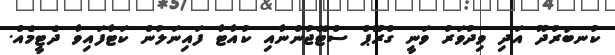
ކުނބުރުދޫ އަދި ވިދުވަރު ވަނީ ގްރޫޕް ސްޓޭޖުންނާއި ކުއާޓާ ފައިނަލުން ކަޓާފައިވާ ދެޓީމެއް.